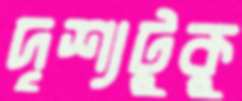
দৃশ্যটুকু